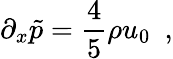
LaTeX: \partial_{x}\tilde{p}={\frac{4}{5}}\rho u_{0}~~,